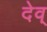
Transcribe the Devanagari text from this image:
देव्